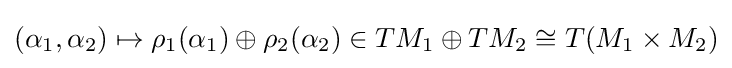
(\alpha _{1},\alpha _{2})\mapsto \rho _{1}(\alpha _{1})\oplus \rho _{2}(\alpha _{2})\in TM_{1}\oplus TM_{2}\cong T(M_{1}\times M_{2})